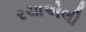
રચાએલી